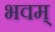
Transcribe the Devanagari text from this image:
भवम्